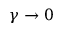
\gamma \rightarrow 0